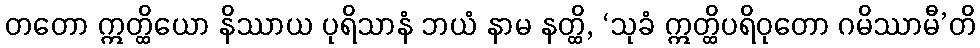
တတော ဣတ္ထိယော နိဿာယ ပုရိသာနံ ဘယံ နာမ နတ္ထိ, ‘သုခံ ဣတ္ထိပရိဝုတော ဂမိဿာမီ’တိ